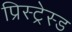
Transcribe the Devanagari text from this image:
प्रिस्ट्रेस्ड